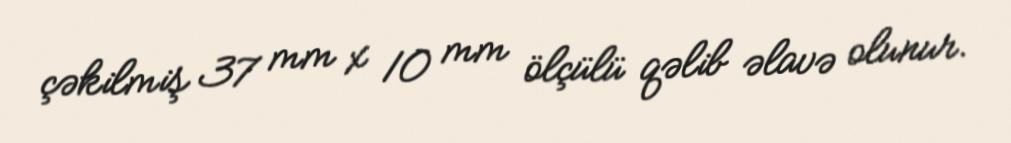
çəkilmiş 37 mm x 10 mm ölçülü qəlib əlavə olunur.